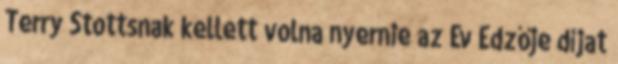
Terry Stottsnak kellett volna nyernie az Év Edzője díjat